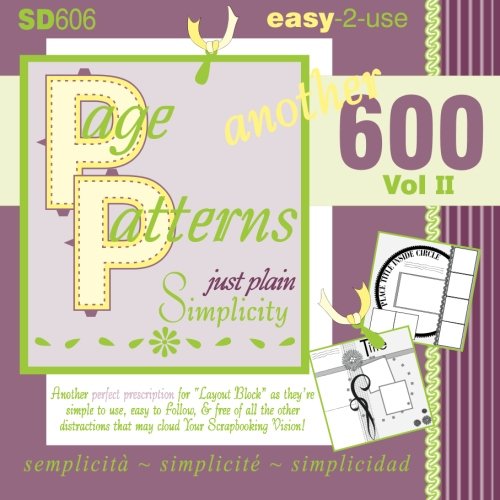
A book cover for Page Patterns Vol II; Cheryl Bradbury; Crafts, Hobbies & Home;